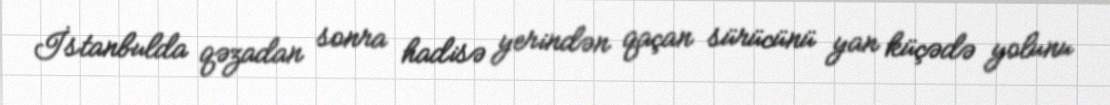
İstanbulda qəzadan sonra hadisə yerindən qaçan sürücünü yan küçədə yolunu